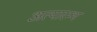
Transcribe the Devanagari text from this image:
अत्यारम्भ